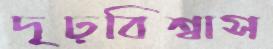
দৃঢ়বিশ্বাস